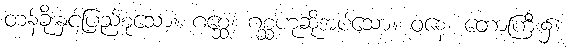
တန်ခိုးနှင့်ပြည့်စုံသော။ ဂစ္ဆေ၊ ဂစ္ဆဟုဆိုအပ်သော။ ဝနေ၊ တောကြီး၌။